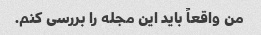
من واقعاً باید این مجله را بررسی کنم.